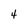
Character: 4